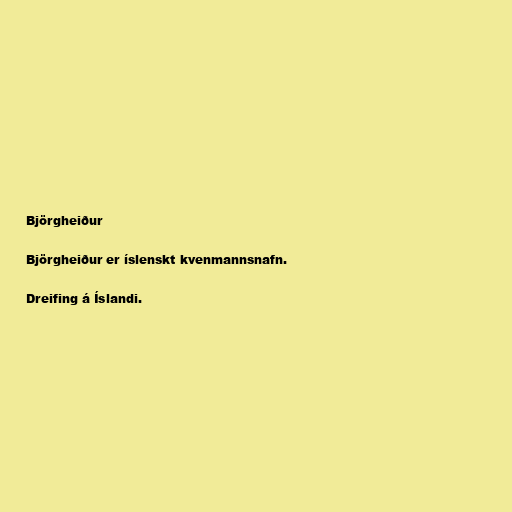
Björgheiður

Björgheiður er íslenskt kvenmannsnafn.

Dreifing á Íslandi.